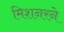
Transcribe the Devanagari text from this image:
मिशनरने